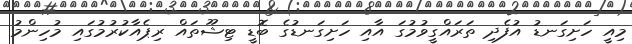
މިއީ ހަށިގަނޑު އުފެދި ތަރައްގީވުމުގަ އާއި ހަށިގަނޑުގެ ބޮޑީ ޓިޝޫތައް ރިޕެއާކުރުމުގައި މުހިންމު